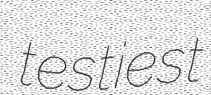
testiest